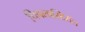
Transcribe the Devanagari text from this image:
पिपलास्टिरॉल